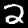
Digit: 2